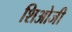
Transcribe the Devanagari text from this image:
शिओजी